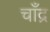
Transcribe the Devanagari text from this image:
चाँद्र